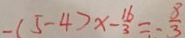
- ( 5 - 4 ) x - \frac { 1 6 } { 3 } = \frac { 8 } { 3 }